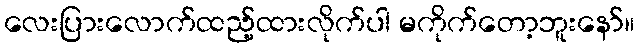
လေးပြားလောက်ထည့်ထားလိုက်ပါ မကိုက်တော့ဘူးနော်။